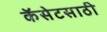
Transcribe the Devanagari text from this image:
कॅसेटसाठी